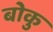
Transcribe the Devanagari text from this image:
बोकु